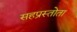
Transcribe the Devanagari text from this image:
सहप्रस्तोता